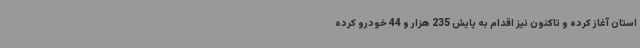
استان آغاز کرده و تاکنون نیز اقدام به پایش 235 هزار و 44 خودرو کرده